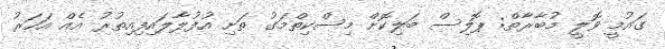
ގައުމީ ވޮލީ މުބާރާތް: ޕޮލިސް ބަލިކޮށް މިސްކިތްމަގު ތަށި އުފުލާލައިފިއިތުރު އެއް އަހަރު